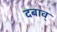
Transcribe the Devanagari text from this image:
दबाव्